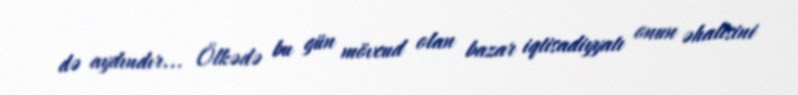
də aydındır... Ölkədə bu gün mövcud olan bazar iqtisadiyyatı onun əhalisini